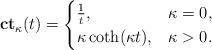
LaTeX: \begin{align*} {\bf ct}_\kappa(t)=\begin{cases} \frac{1}{t},& \kappa=0,\\ \kappa\coth(\kappa t),& \kappa>0. \end{cases} \end{align*}